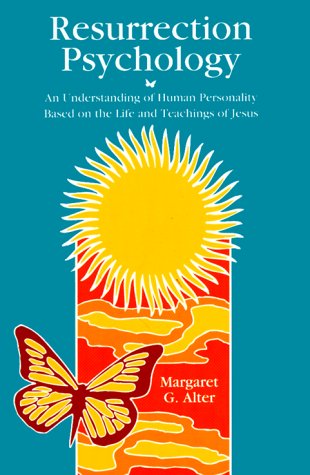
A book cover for Resurrection Psychology: An Understanding of Human Personality Based on the Life and Teachings of Jesus (A Campion Book); Margaret G. Alter; Religion & Spirituality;